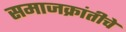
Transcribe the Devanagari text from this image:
समाजक्रांतीचे